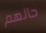
حالهم